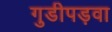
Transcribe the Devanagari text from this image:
गुडीपड़वा